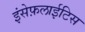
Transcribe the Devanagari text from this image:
इंसेफ़लाईटिस